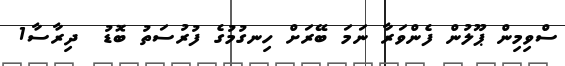
ސްވިމިން ޕޫލުން ފެންވަރާ ނަމަ ބޭރަށް ހިނގުމުގެ ފުރުސަތު ބޮޑު  ދިރާސާ1